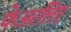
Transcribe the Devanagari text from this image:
फेअरलिए